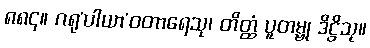
၈၈၄။ ဂရု’ပါယာ’ဝတာရေသု၊ တိတ္ထံ ပူတမ္ဗု ဒိဋ္ဌိသု။